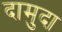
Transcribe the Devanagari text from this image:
दामुदा